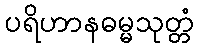
ပရိဟာနဓမ္မသုတ္တံ